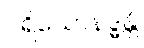
ပရိယောနဒ္ဓန္တိ